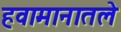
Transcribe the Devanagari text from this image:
हवामानातले